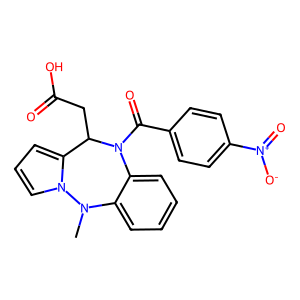
SMILES: CN1c2ccccc2N(C(=O)c2ccc([N+](=O)[O-])cc2)C(CC(=O)O)c2cccn21
Inhibits HIV replication: No